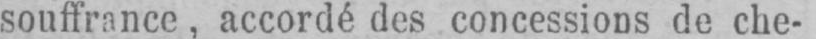
souffrance, accordé des concessions de che-